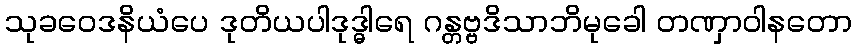
သုခဝေဒနိယံပေ ဒုတိယပါဒုဒ္ဓါရေ ဂန္တဗ္ဗဒိသာဘိမုခေါ တဏှာဝါနတော